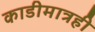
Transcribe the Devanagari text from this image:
काडीमात्रही